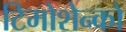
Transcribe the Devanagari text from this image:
टिमोशेन्को